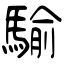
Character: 騟